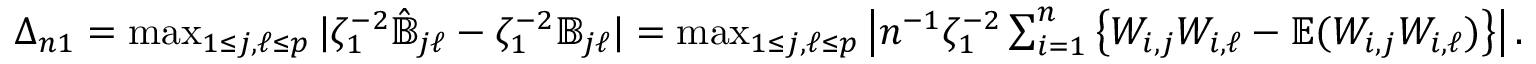
\begin{array} { r } { \Delta _ { n 1 } = \operatorname* { m a x } _ { 1 \leq j , \ell \leq p } | \zeta _ { 1 } ^ { - 2 } \hat { { \mathbb { B } } } _ { j \ell } - \zeta _ { 1 } ^ { - 2 } { \mathbb { B } } _ { j \ell } | = \operatorname* { m a x } _ { 1 \leq j , \ell \leq p } \left| n ^ { - 1 } \zeta _ { 1 } ^ { - 2 } \sum _ { i = 1 } ^ { n } \left\{ W _ { i , j } W _ { i , \ell } - { \mathbb { E } } ( W _ { i , j } W _ { i , \ell } ) \right\} \right| . } \end{array}